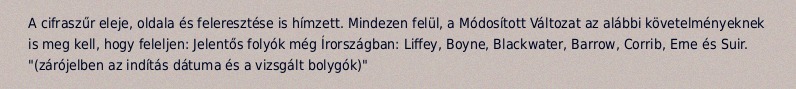
A cifraszűr eleje, oldala és feleresztése is hímzett. Mindezen felül, a Módosított Változat az alábbi követelményeknek is meg kell, hogy feleljen: Jelentős folyók még Írországban: Liffey, Boyne, Blackwater, Barrow, Corrib, Erne és Suir. "(zárójelben az indítás dátuma és a vizsgált bolygók)"